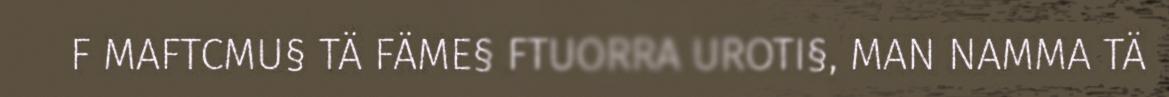
F MAFTCMU§ TÄ FÄME§ FTUORRA UROTI§, MAN NAMMA TÄ